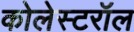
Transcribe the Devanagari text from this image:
कोलेस्टरॉल